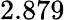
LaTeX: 2.879